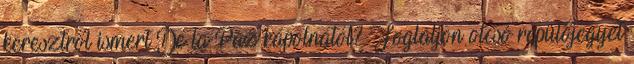
keresztről ismert De la Paz kápolnától? Foglaljon olcsó repülőjegyet